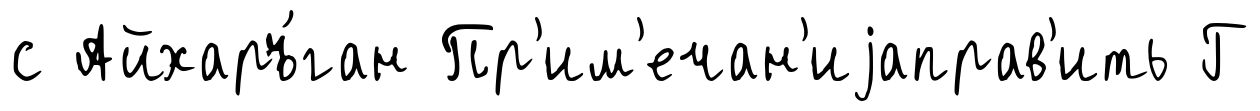
с Айхаръ́ган Пр'им'ечан'иjаправ'ить Г